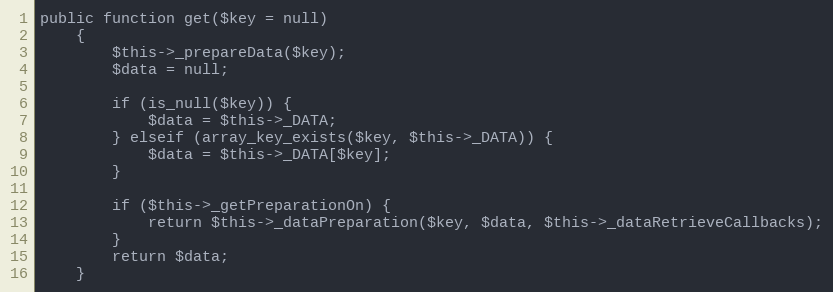
Language: PHP
public function get($key = null)
    {
        $this->_prepareData($key);
        $data = null;

        if (is_null($key)) {
            $data = $this->_DATA;
        } elseif (array_key_exists($key, $this->_DATA)) {
            $data = $this->_DATA[$key];
        }

        if ($this->_getPreparationOn) {
            return $this->_dataPreparation($key, $data, $this->_dataRetrieveCallbacks);
        }
        return $data;
    }